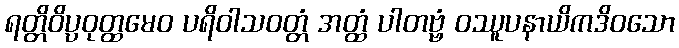
ရတ္တိဝိပ္ပဝုတ္ထမေဝ ပရိဝါသဝတ္တံ အတ္ထံ ပါတဗ္ဗံ ဝဿူပနာယိကဒိဝသော